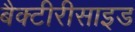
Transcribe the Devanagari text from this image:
बैक्टीरीसाइड